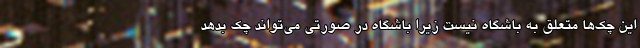
این چک‌ها متعلق به باشگاه نیست زیرا باشگاه در صورتی می‌تواند چک بدهد